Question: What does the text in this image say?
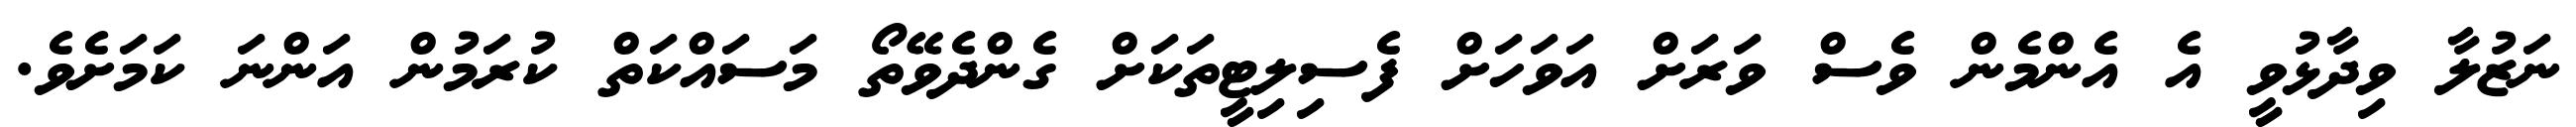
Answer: ނަޒުލާ ވިދާޅުވީ އެ އެންމެން ވެސް ވަރަށް އަވަހަށް ފެސިލިޓީތަކަށް ގެންދެވޭތޯ މަސައްކަތް ކުރަމުން އަންނަ ކަމަށެވެ.